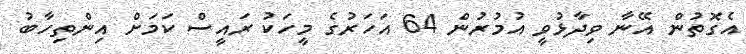
އެގޮތުން އޭނާ ވިދާޅުވީ އުމުރުން 64 އަހަރުގެ މީހަކު ރައީސް ކަމަށް އިންތިހާބު